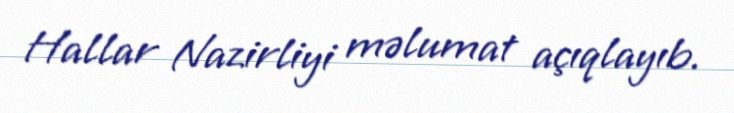
Hallar Nazirliyi məlumat açıqlayıb.